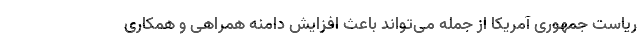
ریاست جمهوری آمریکا از جمله می‌تواند باعث افزایش دامنه همراهی و همکاری